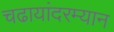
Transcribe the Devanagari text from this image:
चढायांदरम्यान